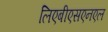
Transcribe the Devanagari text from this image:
लिएबीएसएनएल